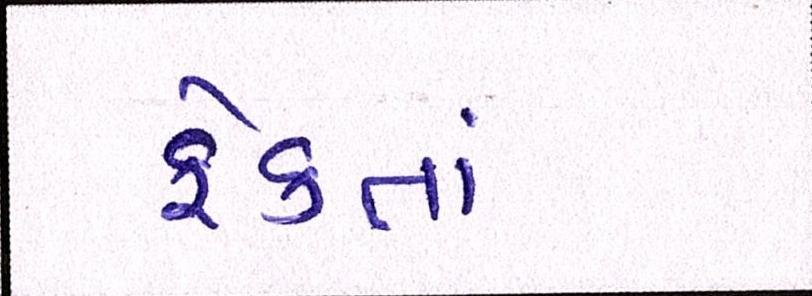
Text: ફેંકતાં